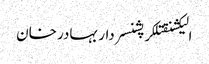
الیکشنقتلکرپشنسردار بہادر خان